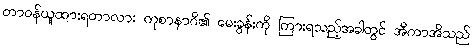
တာဝန်ယူထားရတာလား ကုစာနာဂိ၏ မေးခွန်းကို ကြားရသည့်အခါတွင် အီကာအိသည်